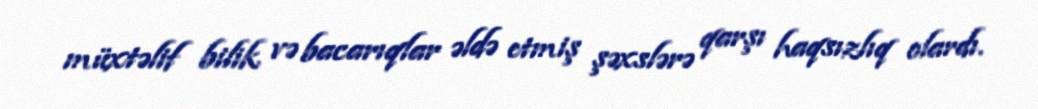
müxtəlif bilik və bacarıqlar əldə etmiş şəxslərə qarşı haqsızlıq olardı.